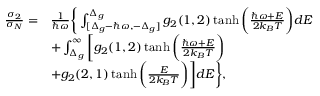
\begin{array} { r l } { \frac { \sigma _ { 2 } } { \sigma _ { N } } = } & { \frac { 1 } { \hbar \omega } \bigg \{ \int _ { [ \Delta _ { g } - \hbar \omega , - \Delta _ { g } ] } ^ { \Delta _ { g } } g _ { 2 } ( 1 , 2 ) \operatorname { t a n h } \bigg ( \frac { \hbar \omega + E } { 2 k _ { B } T } \bigg ) d E } \\ & { + \int _ { \Delta _ { g } } ^ { \infty } \bigg [ g _ { 2 } ( 1 , 2 ) \operatorname { t a n h } \bigg ( \frac { \hbar \omega + E } { 2 k _ { B } T } \bigg ) } \\ & { + g _ { 2 } ( 2 , 1 ) \operatorname { t a n h } \bigg ( \frac { E } { 2 k _ { B } T } \bigg ) \bigg ] d E \bigg \} , } \end{array}